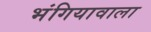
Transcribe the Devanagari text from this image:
भंगियावाला